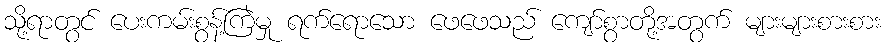
သို့ရာတွင် ပေးကမ်းစွန့်ကြဲမှု ရက်ရောသော ဖေဖေသည် ကျော်စွာတို့အတွက် များများစားစား